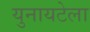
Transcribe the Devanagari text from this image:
युनायटेला